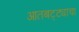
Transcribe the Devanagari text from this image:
आतबट्ट्याचा